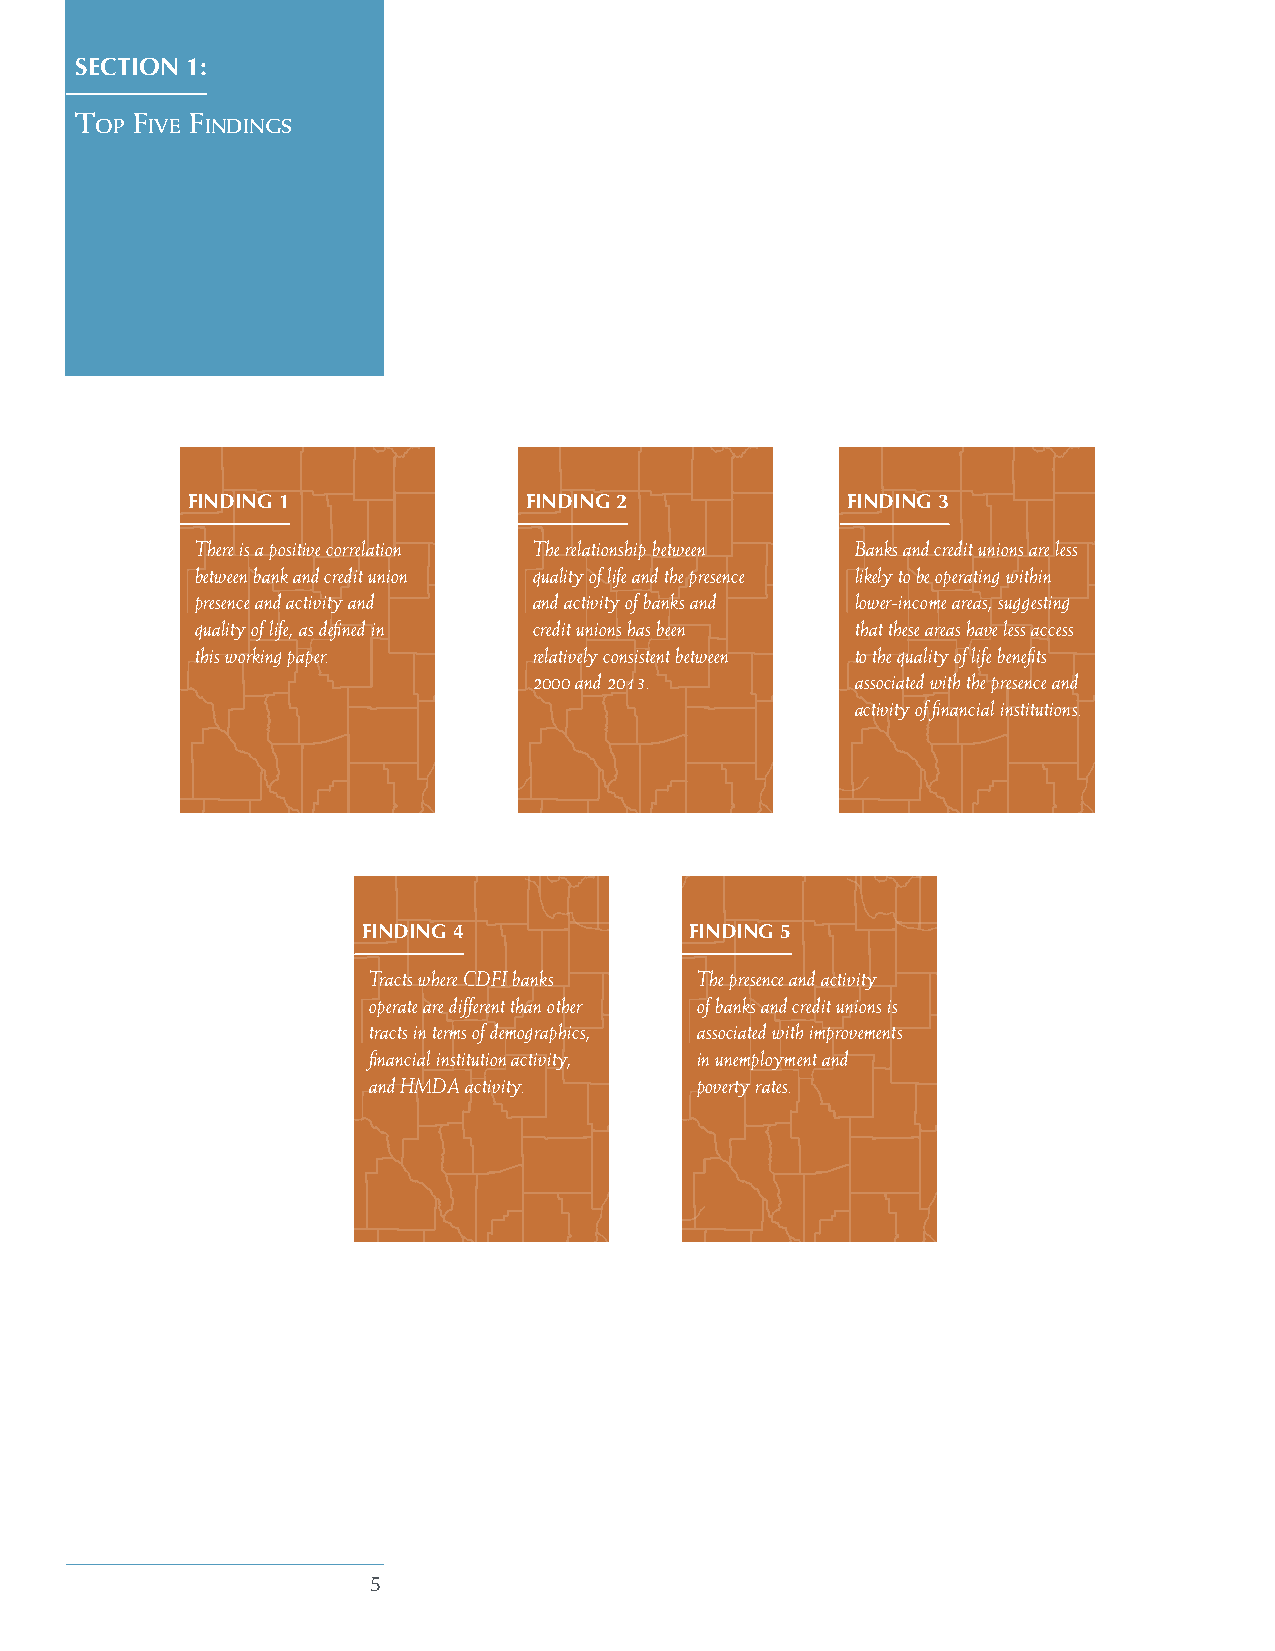
SECTION 1:
 T   f   f
 op  Ive IndIngs
 FINDING 1              FINDING 2            FINDING 3
 There is a positive correlation The relationship between Banks and credit unions are less
 between bank and credit union quality of life and the presence likely to be operating within
 presence and activity and and activity of banks and lower-income areas, suggesting
 quality of life, as defined in credit unions has been that these areas have less access
 this working paper.   relatively consistent between to the quality of life benefits
 2000 and 2013.        associated with the presence and
 activity of financial institutions.
 FINDING 4             FINDING 5
 Tracts where CDFI banks The presence and activity
 operate are different than other of banks and credit unions is
 tracts in terms of demographics, associated with improvements
 financial institution activity, in unemployment and
 and HMDA activity.    poverty rates.
 5